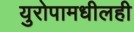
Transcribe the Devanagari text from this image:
युरोपामधीलही